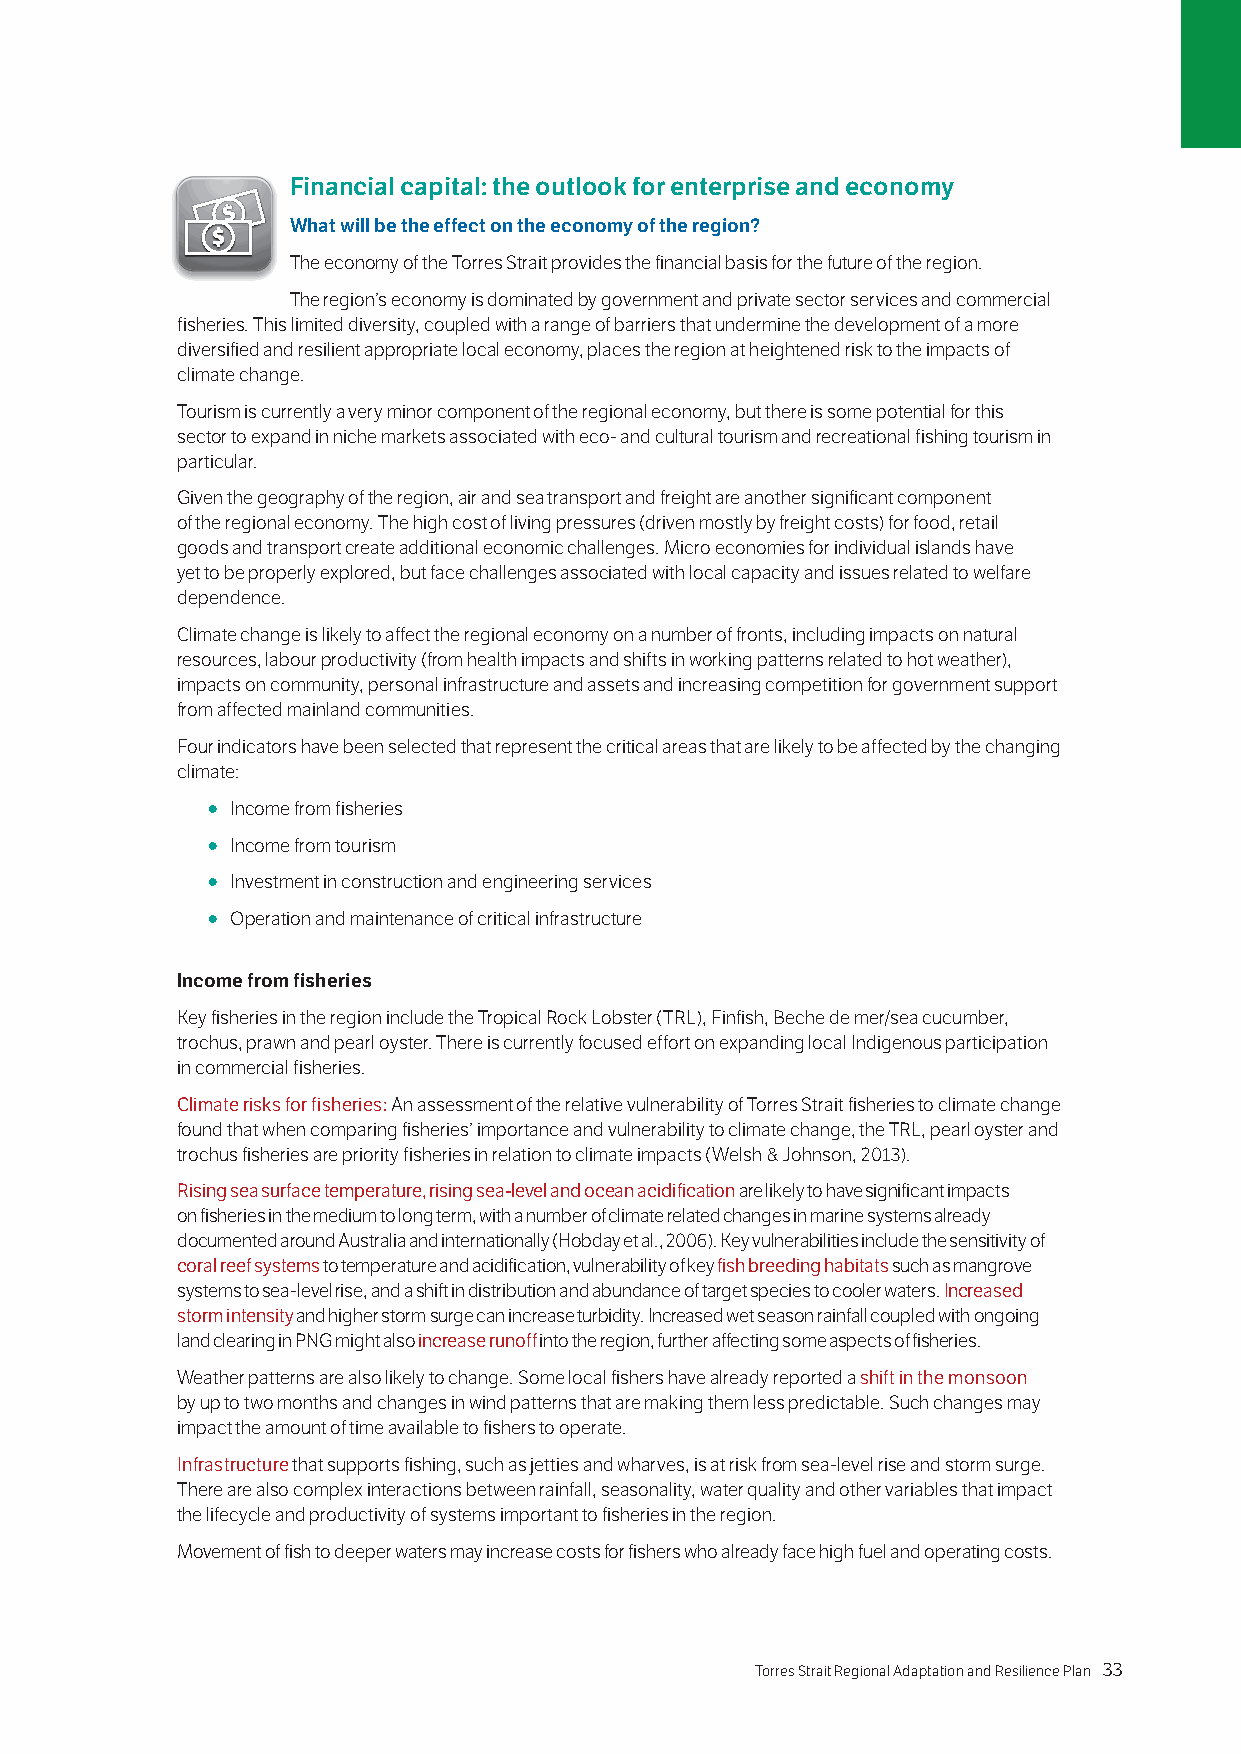
Financial capital: the outlook for enterprise and economy
 What will be the effect on the economy of the region?
 The economy of the Torres Strait provides the financial basis for the future of the region.
 The region’s economy is dominated by government and private sector services and commercial
 fisheries. This limited diversity, coupled with a range of barriers that undermine the development of a more
 diversified and resilient appropriate local economy, places the region at heightened risk to the impacts of
 climate change.
 Tourism is currently a very minor component of the regional economy, but there is some potential for this
 sector to expand in niche markets associated with eco- and cultural tourism and recreational fishing tourism in
 particular.
 Given the geography of the region, air and sea transport and freight are another significant component
 of the regional economy. The high cost of living pressures (driven mostly by freight costs) for food, retail
 goods and transport create additional economic challenges. Micro economies for individual islands have
 yet to be properly explored, but face challenges associated with local capacity and issues related to welfare
 dependence.
 Climate change is likely to affect the regional economy on a number of fronts, including impacts on natural
 resources, labour productivity (from health impacts and shifts in working patterns related to hot weather),
 impacts on community, personal infrastructure and assets and increasing competition for government support
 from affected mainland communities.
 Four indicators have been selected that represent the critical areas that are likely to be affected by the changing
 climate:
 ○ Income from fisheries
 ○ Income from tourism
 ○ Investment in construction and engineering services
 ○ Operation and maintenance of critical infrastructure
 Income from fisheries
 Key fisheries in the region include the Tropical Rock Lobster (TRL), Finfish, Beche de mer/sea cucumber,
 trochus, prawn and pearl oyster. There is currently focused effort on expanding local Indigenous participation
 in commercial fisheries.
 Climate risks for fisheries: An assessment of the relative vulnerability of Torres Strait fisheries to climate change
 found that when comparing fisheries’ importance and vulnerability to climate change, the TRL, pearl oyster and
 trochus fisheries are priority fisheries in relation to climate impacts (Welsh & Johnson, 2013).
 Rising sea surface temperature, rising sea-level and ocean acidification are likely to have significant impacts
 on fisheries in the medium to long term, with a number of climate related changes in marine systems already
 documented around Australia and internationally (Hobday et al., 2006). Key vulnerabilities include the sensitivity of
 coral reef systems to temperature and acidification, vulnerability of key fish breeding habitats such as mangrove
 systems to sea-level rise, and a shift in distribution and abundance of target species to cooler waters. Increased
 storm intensity and higher storm surge can increase turbidity. Increased wet season rainfall coupled with ongoing
 land clearing in PNG might also increase runoff into the region, further affecting some aspects of fisheries.
 Weather patterns are also likely to change. Some local fishers have already reported a shift in the monsoon
 by up to two months and changes in wind patterns that are making them less predictable. Such changes may
 impact the amount of time available to fishers to operate.
 Infrastructure that supports fishing, such as jetties and wharves, is at risk from sea-level rise and storm surge.
 There are also complex interactions between rainfall, seasonality, water quality and other variables that impact
 the lifecycle and productivity of systems important to fisheries in the region.
 Movement of fish to deeper waters may increase costs for fishers who already face high fuel and operating costs.
 32 Torres Strait Regional Adaptation and Resilience Plan Torres Strait Regional Adaptation and Resilience Plan 33